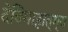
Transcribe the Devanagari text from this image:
देविमाहात्म्य